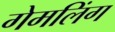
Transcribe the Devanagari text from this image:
गेमलिंग